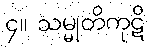
၄။ သမ္မုတိကုဋိ